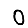
Digit: 0